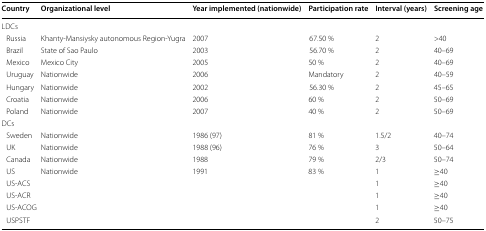
<table><thead><tr><td><b>Country</b></td><td><b>Organizational level</b></td><td><b>Year implemented (nationwide)</b></td><td><b>Participation rate</b></td><td><b>Interval (years)</b></td><td><b>Screening age</b></td></tr></thead><tbody><tr><td colspan="6">LDCs</td></tr><tr><td> Russia</td><td>Khanty-Mansiysky autonomous Region-Yugra</td><td>2007</td><td>67.50 %</td><td>2</td><td>&gt;40</td></tr><tr><td> Brazil</td><td>State of Sao Paulo</td><td>2003</td><td>56.70 %</td><td>2</td><td>40–69</td></tr><tr><td> Mexico</td><td>Mexico City</td><td>2005</td><td>50 %</td><td>2</td><td>40–69</td></tr><tr><td> Uruguay</td><td>Nationwide</td><td>2006</td><td>Mandatory</td><td>2</td><td>40–59</td></tr><tr><td> Hungary</td><td>Nationwide</td><td>2002</td><td>56.30 %</td><td>2</td><td>45–65</td></tr><tr><td> Croatia</td><td>Nationwide</td><td>2006</td><td>60 %</td><td>2</td><td>50–69</td></tr><tr><td> Poland</td><td>Nationwide</td><td>2007</td><td>40 %</td><td>2</td><td>50–69</td></tr><tr><td colspan="6">DCs</td></tr><tr><td> Sweden</td><td>Nationwide</td><td>1986 (97)</td><td>81 %</td><td>1.5/2</td><td>40–74</td></tr><tr><td> UK</td><td>Nationwide</td><td>1988 (96)</td><td>76 %</td><td>3</td><td>50–64</td></tr><tr><td> Canada</td><td>Nationwide</td><td>1988</td><td>79 %</td><td>2/3</td><td>50–74</td></tr><tr><td> US</td><td>Nationwide</td><td>1991</td><td>83 %</td><td>1</td><td>≥40</td></tr><tr><td> US-ACS</td><td></td><td></td><td></td><td>1</td><td>≥40</td></tr><tr><td> US-ACR</td><td></td><td></td><td></td><td>1</td><td>≥40</td></tr><tr><td> US-ACOG</td><td></td><td></td><td></td><td>1</td><td>≥40</td></tr><tr><td> USPSTF</td><td></td><td></td><td></td><td>2</td><td>50–75</td></tr></tbody></table>